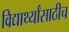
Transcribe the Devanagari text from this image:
विद्यार्थ्यांसाठीच